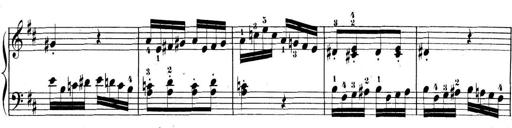
Title: 3 Sonatinen, Op.8
Composer: Isidor Wilhelm Seiss